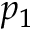
p _ { 1 }